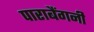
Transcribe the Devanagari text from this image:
पाराबैंगनी